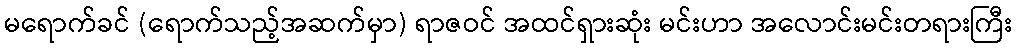
မရောက်ခင် (ရောက်သည့်အဆက်မှာ) ရာဇဝင် အထင်ရှားဆုံး မင်းဟာ အလောင်းမင်းတရားကြီး